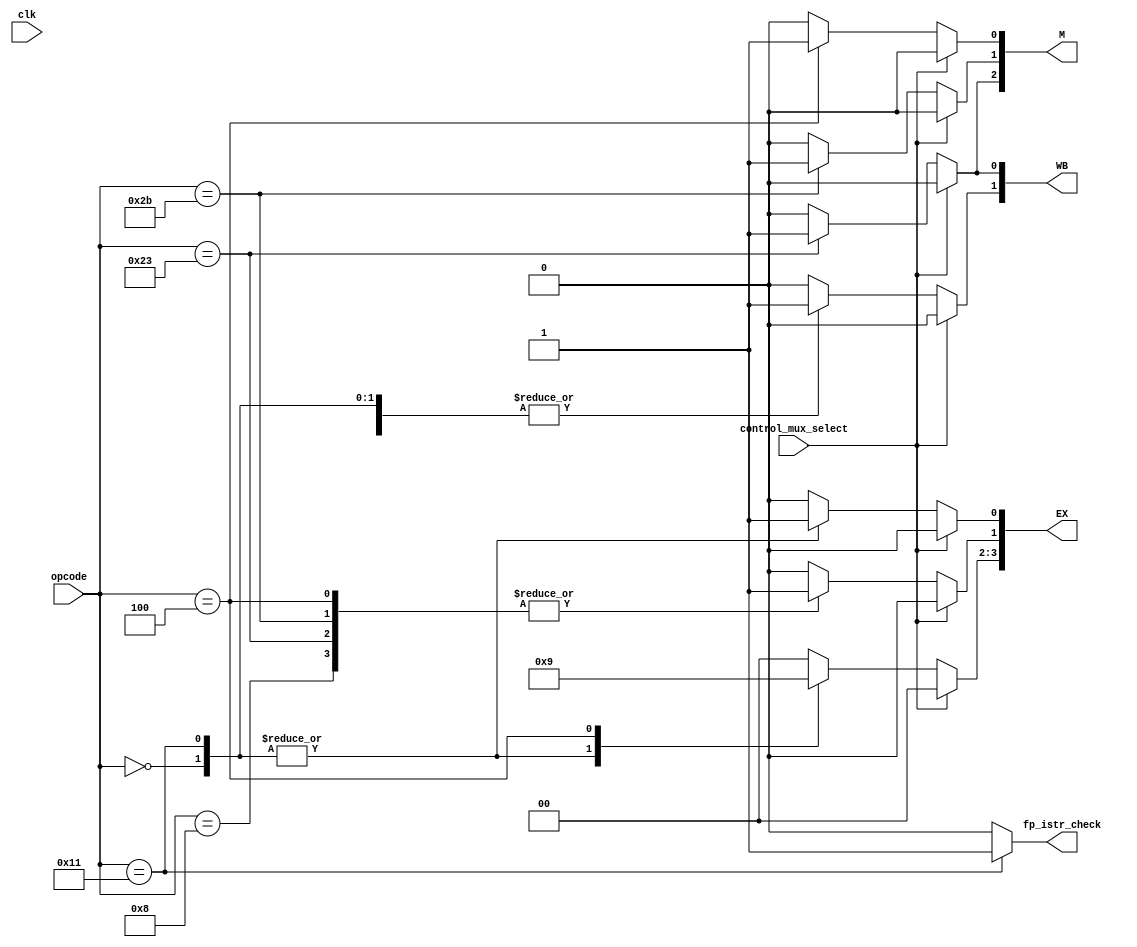
module Control_Unit_With_Mux (
	 input clk,
    input [5:0] opcode,
    input control_mux_select,
    output reg [1:0] WB,
    output reg [2:0] M,
    output reg [3:0] EX,
	 output reg fp_istr_check
);

reg reg_dst_normal, branch_normal, mem_read_normal, mem_to_reg_normal, alu_src_normal, reg_write_normal, mem_write_normal;
reg [1:0] alu_op_normal;

always @(*) begin
    // Normal control unit logic
	 fp_istr_check=0;
    case (opcode)
			6'd17:begin  ///for floating point r-type addition
			   reg_dst_normal = 1;
            alu_src_normal = 0;
            mem_to_reg_normal = 0;
            reg_write_normal = 1;
            mem_read_normal = 0;
            mem_write_normal = 0;
            branch_normal = 0;
            alu_op_normal = 2'b10;
				fp_istr_check=1;
			end
        6'd0: begin // R-type instructions (add, sub, mul, slt)
            reg_dst_normal = 1;
            alu_src_normal = 0;
            mem_to_reg_normal = 0;
            reg_write_normal = 1;
            mem_read_normal = 0;
            mem_write_normal = 0;
            branch_normal = 0;
            alu_op_normal = 2'b10;
					
        end
        6'd8: begin // Immediate instructions (addi, subi, muli)
            reg_dst_normal = 0;
            alu_src_normal = 1;
            mem_to_reg_normal = 0;
            reg_write_normal = 1;
            mem_read_normal = 0;
            mem_write_normal = 0;
            branch_normal = 0;
            alu_op_normal = 2'b00;
        end
        6'd35: begin // Load Word (lw) instruction
            reg_dst_normal = 0;
            alu_src_normal = 1;
            mem_to_reg_normal = 1;
            reg_write_normal = 1;
            mem_read_normal = 1;
            mem_write_normal = 0;
            branch_normal = 0;
            alu_op_normal = 2'b00;
        end
        6'd43: begin // Store Word (sw) instruction
            reg_dst_normal = 0;
            alu_src_normal = 1;
            mem_to_reg_normal = 0;
            reg_write_normal = 0;
            mem_read_normal = 0;
            mem_write_normal = 1;
            branch_normal = 0;
            alu_op_normal = 2'b00;
        end
        6'd4: begin // Branch instruction
            reg_dst_normal = 0;
            alu_src_normal = 1;
            mem_to_reg_normal = 0;
            reg_write_normal = 0;
            mem_read_normal = 0;
            mem_write_normal = 0;
            branch_normal = 1;
            alu_op_normal = 2'b01;
        end
        default: begin
            // Default case for undefined opcodes
            reg_dst_normal = 0;
            alu_src_normal = 0;
            mem_to_reg_normal = 0;
            reg_write_normal = 0;
            mem_read_normal = 0;
            mem_write_normal = 0;
            branch_normal = 0;
            alu_op_normal = 2'b00;
        end
    endcase
end

always @(*) begin
    if (control_mux_select) begin
        // No-op signals to stall the pipeline
        WB = 2'b00;
        M = 3'b000;
        EX = 4'b0000;
    end else begin
        // Normal control signals
			WB[0]=mem_to_reg_normal;
			WB[1]=reg_write_normal;
			
			M[0] = branch_normal;
			M[1] =mem_write_normal;
			M[2]=mem_read_normal;
			
		   EX[0]= reg_dst_normal;
		   EX[1]= alu_src_normal;
			EX[3:2]=alu_op_normal;
		  
    end
end

endmodule